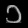
Digit: ၁